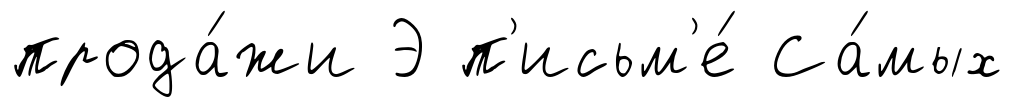
прода́жи Э п'исьм'е́ Са́мых